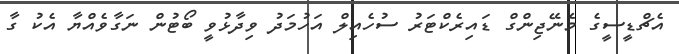
އެޗްޑީސީގެ މެނޭޖިންގް ޑައިރެކްޓަރު ސުހެއިލް އަހުމަދު ވިދާޅުވީ ބޯޓުން ނަގާވެއްޔާ އެކު ގާ